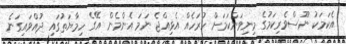
އެކަމަކު ނޫސްވެރިކަމުގެ މިނިވަންކަމަށް ހުރަހެއް އެޅިއްޖެ ނަމަ އެންމެން އޭގެ ހިމާޔަތުގައި ދުއްވައިގަނެ